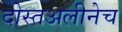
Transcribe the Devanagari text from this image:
दोस्तअलीनेच